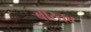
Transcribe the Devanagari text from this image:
बास्तव